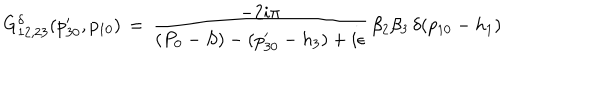
LaTeX: G _ { 1 2 , 2 3 } ^ { \delta } ( p _ { 3 0 } ^ { \prime } , p _ { 1 0 } ) \, = \, { \frac { - 2 i \pi } { ( P _ { 0 } - S ) - ( p _ { 3 0 } ^ { \prime } - h _ { 3 } ) + i \epsilon } } \, \beta _ { 2 } \beta _ { 3 } \, \delta ( p _ { 1 0 } - h _ { 1 } )